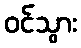
ဝင်သွား